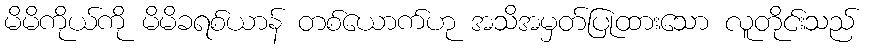
မိမိကိုယ်ကို မိမိခရစ်ယာန် တစ်ယောက်ဟု အသိအမှတ်ပြုထားသော လူတိုင်းသည်